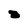
Character: S